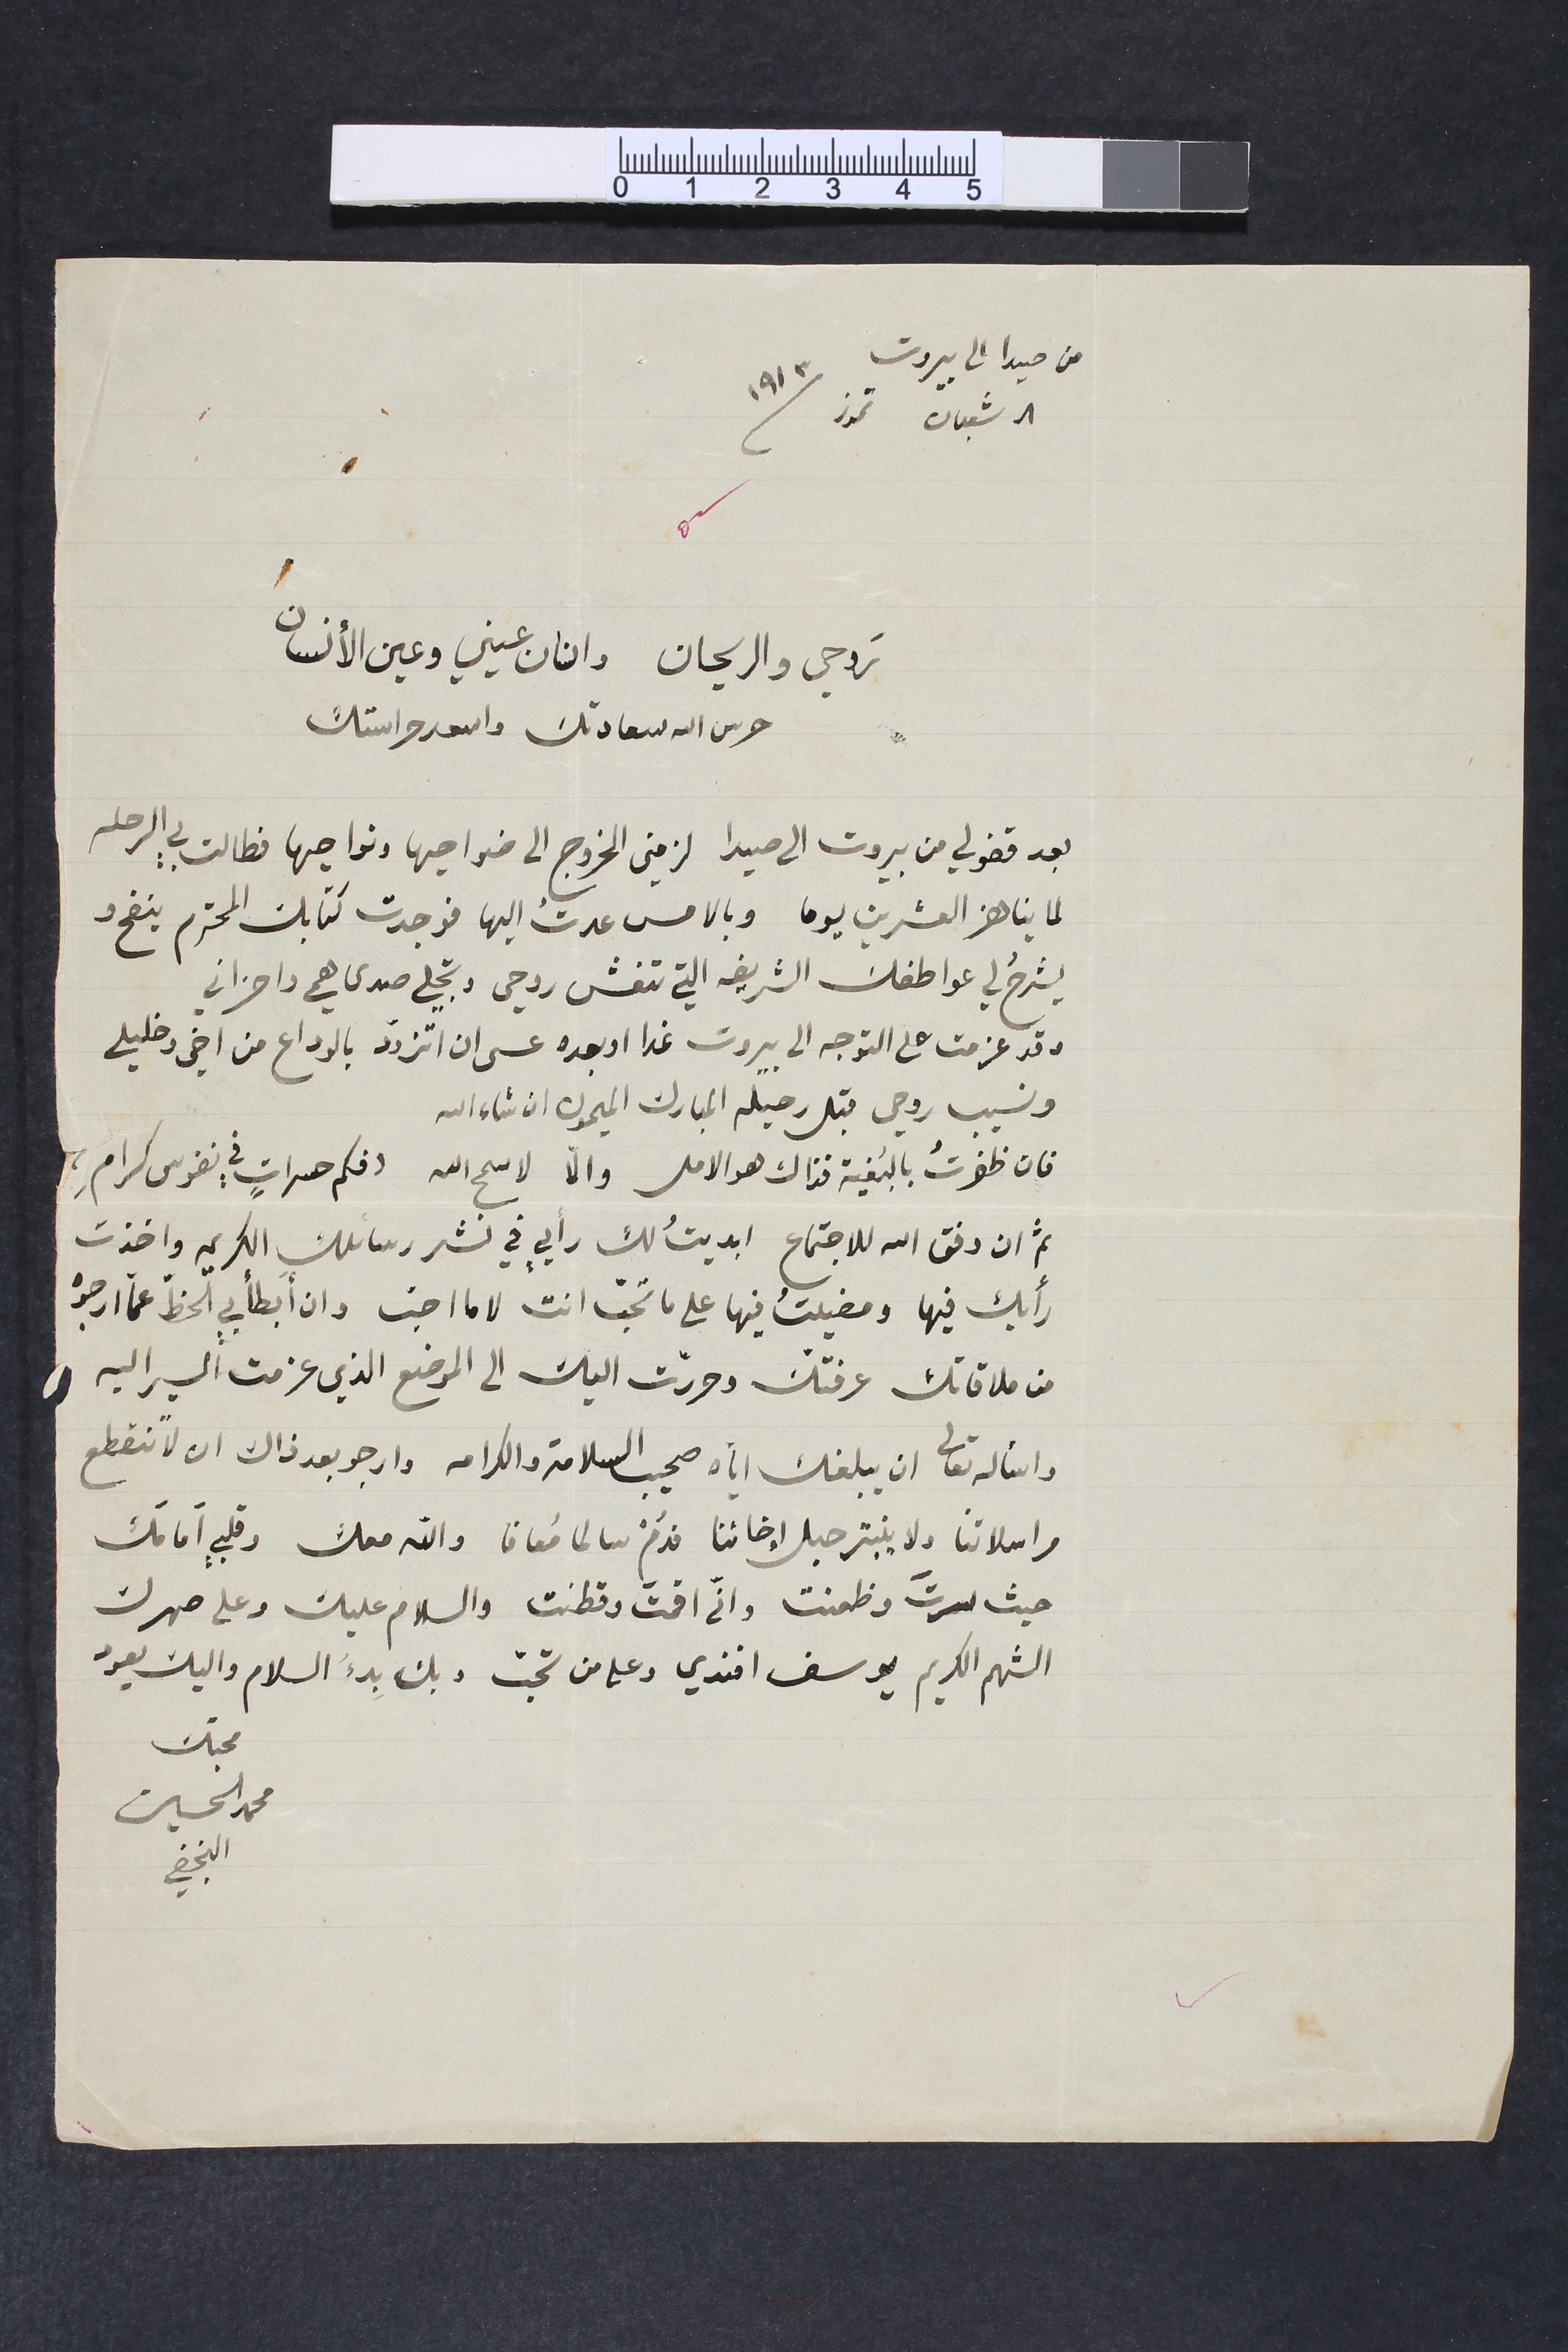
من صيدا الى بيروت
روحي والريحان وانان عيني وعين الأنسان
حرس الله سعادتك واسعد حراستك
8 شعبان تموز 1913
بعد فقولي من بيروت الى صيدا لزمني الخروج الى ضواحيها ونواحيها فطالت بي الرحله
لما يناهز العشرين يوما وبالامس عدتُ اليها فوجدت كتابك المحترم بنفح و
يشرحُ لي عواطفك الشريفه التي تنعش روحي وتجلي صدى همي واحزاني
وقد عزمت على التوجه الى بيروت غدا او بعده عسى ان اتزوّد بالوداع من اخي وخليلي
ونسيب روحي قبل رحيله المبارك الميمون ان شاء الله
فان ظفرتُ بالبَقية فذاك هو الامل والاّ لا سمح الله دعكم حسراتٍ في نفوس كرامِ،
ثم ان وفق الله للاجتماع ابديتُ لك رأيٍ في نشر رسائلكِ الكريمه واخذت
رأيك فيها ومضيتُ فيها على ما تحبّ انت لا ما احبّ وان ابطأ بي الخطّ عما أرجوه
من علاقتك عرفتك وحررّت اليك الى الموضع الذي عزمت السير اليه
واسأله تعالى ان يبلغك ايات صحيب السلامه والكرامه وارجو بعد ذاك ان تنقطع
مراسلاتنا ولا ينبتر حبل إخائنا دوَمْ سالما مُعافا والله معك وقلبي أمامك
حيث سرتَ وظعنت  وانّى اقمتَ وقطنت والسلام عليك وعلى صهرك
الشهم الكريم يوسف افندي وعلى من تحبّ وبك بدءَ السلام واليك يعود
محبّك محمد الحسين النجفي